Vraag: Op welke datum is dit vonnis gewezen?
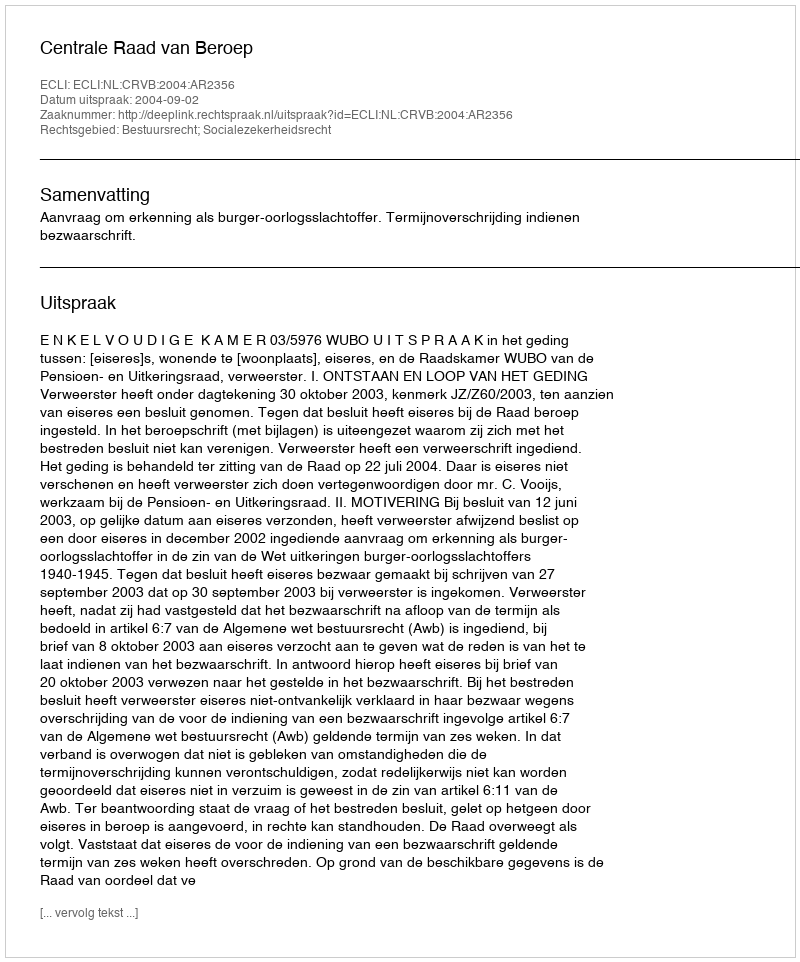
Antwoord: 2004-09-02